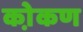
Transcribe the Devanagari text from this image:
को़कण